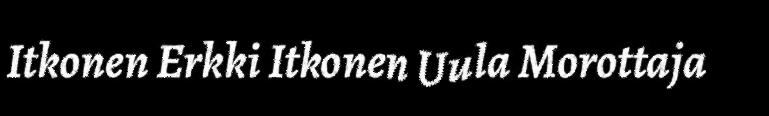
Itkonen Erkki Itkonen Uula Morottaja